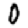
Digit: 0